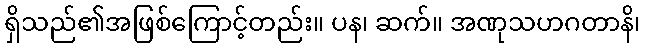
ရှိသည်၏အဖြစ်ကြောင့်တည်း။ ပန၊ ဆက်။ အဏုသဟဂတာနိ၊